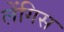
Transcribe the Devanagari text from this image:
लेंगिस